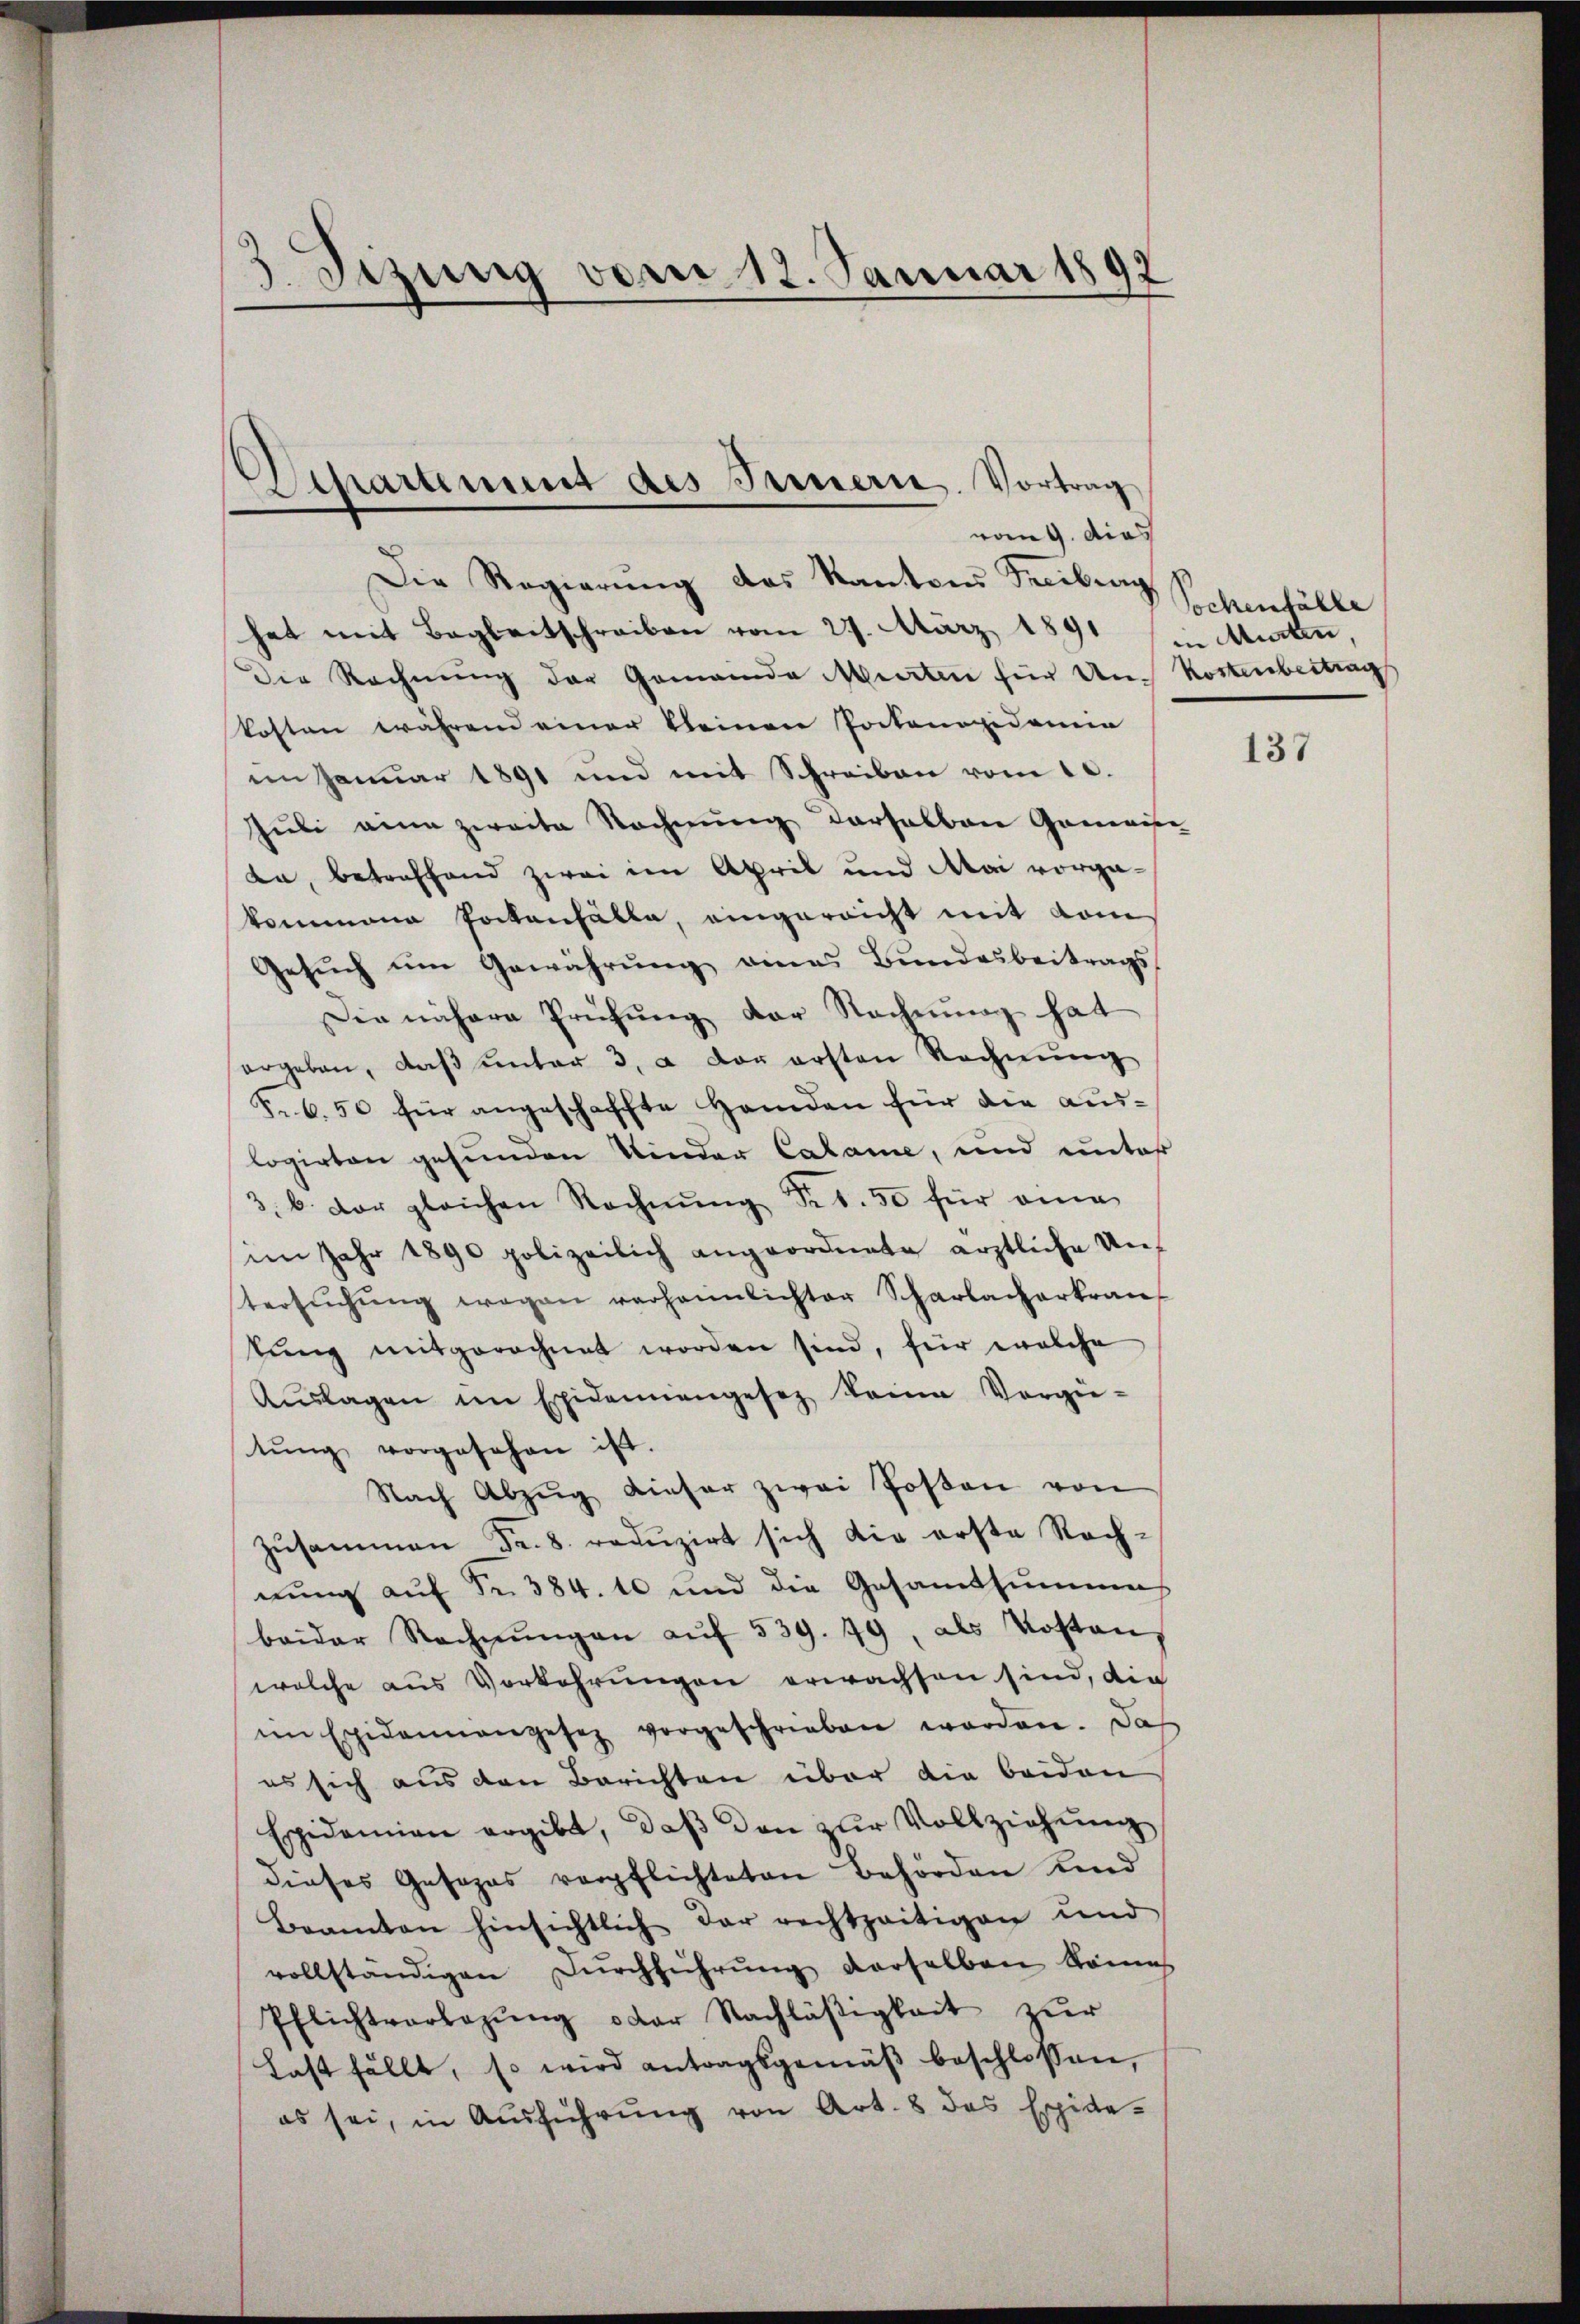
3. Dezung vom 12. Januar 1891
f

Departement des Innern. Vortrag
vom 9. dies

Die Regierŭng des Kantons Freibung
hat mit Begleitschreiben vom 27. März 1891 Murten,
Der Rechnung der Gemeinde Murten für Un-Kostenbertrag
kosten während einer kleinen Pockenoxidemie
im Januar 1891 und mit Schreiben vom 10.
Juli eine zweite Rechnung derselben Gemeise
da, betreffend zwei im April und Mai vorgakommene Portenfälle, eingereicht mit kom¬
Gesŭch ŭm Gewährŭng eines Bŭndesbeitrags-
Die nähere Prüfung der Rechnung hat
ergeben, daβ ŭnter 3. a vor ersten Rechnŭng
Fr. 6. 50 für angeschaffte Handen für die auslogirten gesunden Kinder Calame, und unter
3. b. der gleichen Rechnŭng Nr. 50 für eine
im Jahr 1890 polizeilich angeordnete ärztliche Un-
tersŭchŭng wegen verheinlichter Scharlackerkran
tŭng mitgerechnet worden sind, für welche
Aŭslagen im Epidemiengesetz deine Vergie-
tŭng vorgesehen ist.
Nach Abzŭg dieser zwei Posten von
zusammen Fr. 8. reduzirt sich die erste Rechnung auf Fr. 384. 10 und die Gesamtsumme
beider Rechnŭngen auf 539. 49, als Kosten,
welche aus Vorkehrungen erwachsen sind, die
im Epidemangesez vorgeschrieben worden. Das
es sich aus den Berichten über die beiden
Epidemien ergibt, daß den zur Vollziehung
dieses Gesezes verpflichteten Behörden Kind
Beamten hinsichtlich der rechtzeitigen und
vollständigen Dŭrchführŭng derselben könes
Pflichtverlegŭng oder Nachläβigkeit zŭr
hast fällt, so wird antragsgemäβ beschlossen,
es sei, in Ausführŭng von Art. 8 das Epide-

Sochenfälle

137